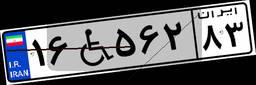
۸۲W۷۰۹۶۵